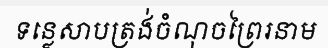
ទន្លេសាបត្រង់ចំណុចព្រៃរនាម